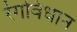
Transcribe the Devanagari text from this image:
रंगविधान